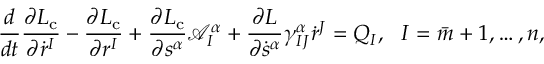
\frac { d } { d t } \frac { \partial L _ { \mathrm { c } } } { \partial \dot { r } ^ { I } } - \frac { \partial L _ { \mathrm { c } } } { \partial r ^ { I } } + \frac { \partial L _ { \mathrm { c } } } { \partial s ^ { \alpha } } \mathcal { A } _ { I } ^ { \alpha } + \frac { \partial L } { \partial \dot { s } ^ { \alpha } } \gamma _ { I J } ^ { \alpha } \dot { r } ^ { J } = Q _ { I } , \ \ I = \bar { m } + 1 , \ldots , n ,